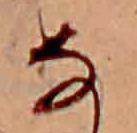
な